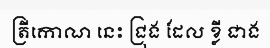
ត្រីកោណ នេះ ជ្រុង ដែល ខ្លី ជាង